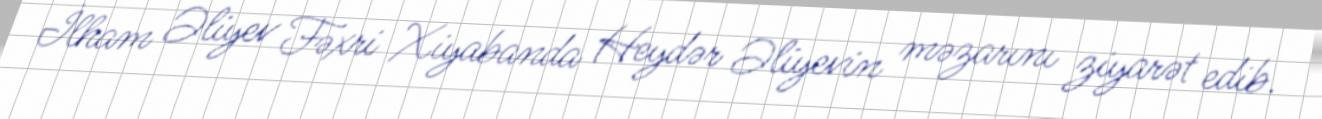
İlham Əliyev Fəxri Xiyabanda Heydər Əliyevin məzarını ziyarət edib.